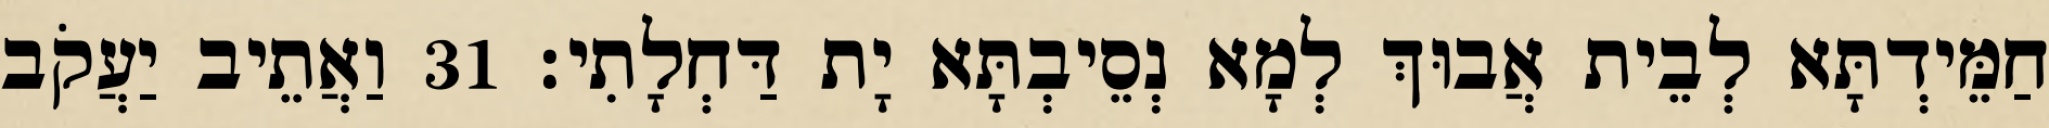
חַמֵּידְתָּא לְבֵית אֲבוּךְ לְמָא נְסֵיבְתָּא יָת דַּחְלָתִי׃ 31 וַאֲתֵיב יַעֲקֹב